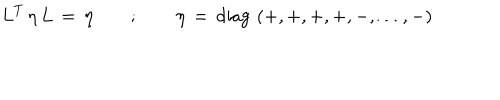
L ^ { T } \, \eta \, L \, = \, \eta \qquad ; \qquad \eta \, = \, \mathrm { d i a g } \, \left( + , + , + , + , - , \dots , - \right)